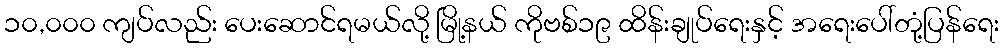
၁၀,၀၀၀ ကျပ်လည်း ပေးဆောင်ရမယ်လို့ မြို့နယ် ကိုဗစ်၁၉ ထိန်းချုပ်ရေးနှင့် အရေးပေါ်တုံ့ပြန်ရေး